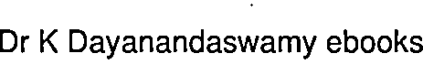
Dr K Dayanandaswamy ebooks